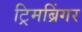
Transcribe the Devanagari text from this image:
ट्रिमब्रिंगर